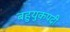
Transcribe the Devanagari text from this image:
बहुयुकपदी